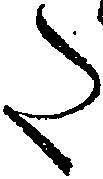
た